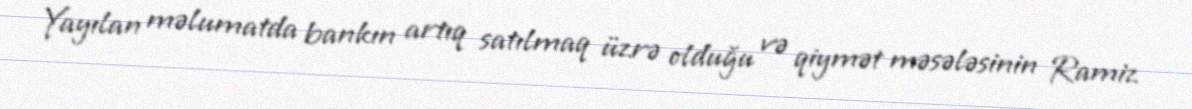
Yayılan məlumatda bankın artıq satılmaq üzrə olduğu və qiymət məsələsinin Ramiz